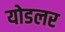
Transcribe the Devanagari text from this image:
योडलर